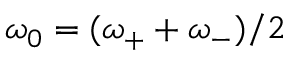
\omega _ { 0 } = ( \omega _ { + } + \omega _ { - } ) / 2